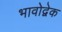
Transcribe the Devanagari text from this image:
भावोद्वेक